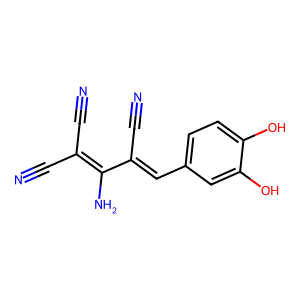
SMILES: N#CC(=Cc1ccc(O)c(O)c1)C(N)=C(C#N)C#N
Inhibits HIV replication: No